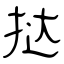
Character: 挞